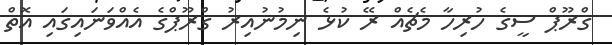
ގްރޫޕް ސީގެ ހުރިހާ މެޗެއް ރޭ ކުޅެ ނިމުނުއިރު ގްރޫޕްގެ އެއްވަނައިގައި އޮތް